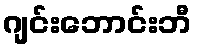
ဂျင်းဘောင်းဘီ